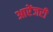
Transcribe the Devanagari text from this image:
आरेंजरी